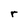
Character: r